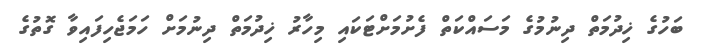
ބަހުގެ ޚިދުމަތް ދިނުމުގެ މަސައްކަތް ފެށުމަށްޓަކައި މިހާރު ޚިދުމަތް ދިނުމަށް ހަމަޖެހިފައިވާ ގޮތުގެ